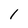
Character: 1